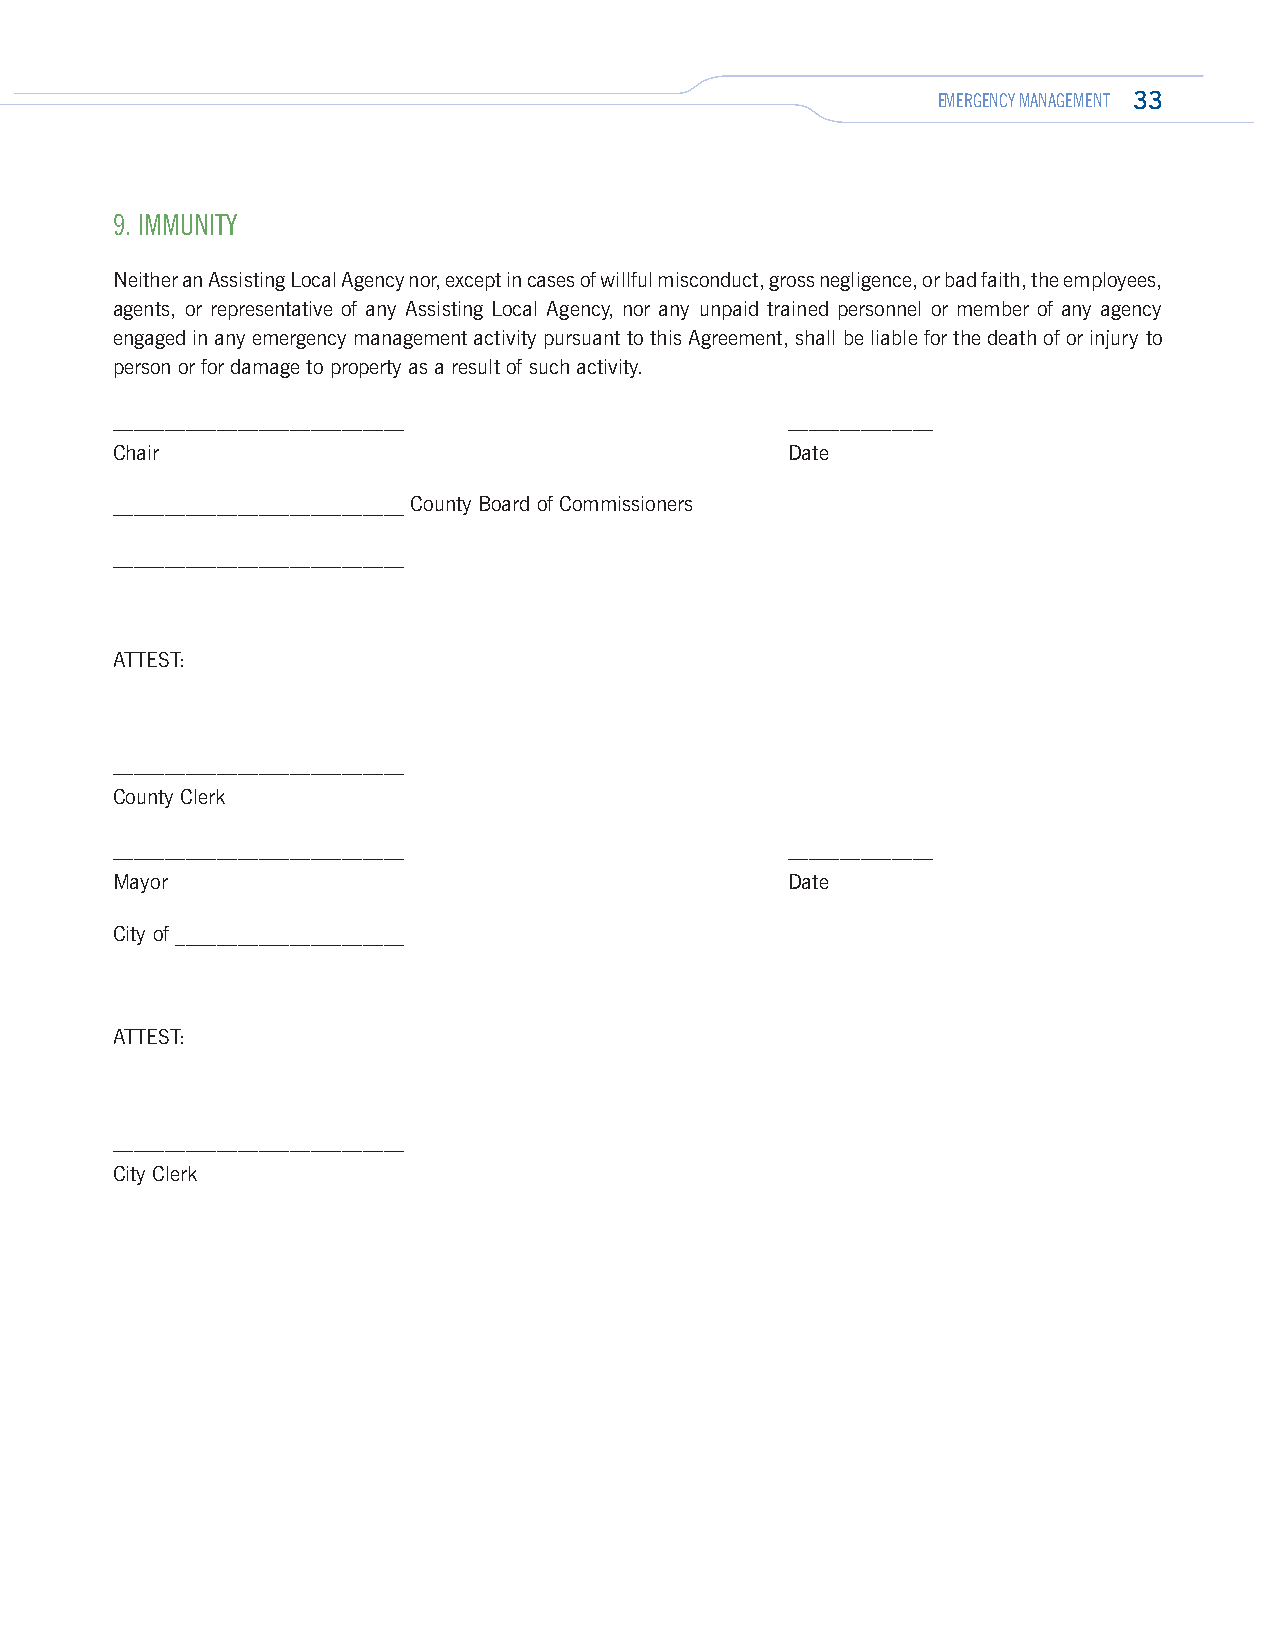
EMERGENCY MANAGEMENT 33
 9. IMMUNITY
 Neither an Assisting Local Agency nor, except in cases of willful misconduct, gross negligence, or bad faith, the employees,
 agents, or representative of any Assisting Local Agency, nor any unpaid trained personnel or member of any agency
 engaged in any emergency management activity pursuant to this Agreement, shall be liable for the death of or injury to
 person or for damage to property as a result of such activity.
 ____________________________                 ______________
 Chair                                        Date
 ____________________________ County Board of Commissioners
 ____________________________
 ATTEST:
 ____________________________
 County Clerk
 ____________________________                 ______________
 Mayor                                        Date
 City of ______________________
 ATTEST:
 ____________________________
 City Clerk